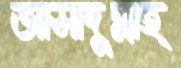
আসাদুল্লাহ্